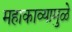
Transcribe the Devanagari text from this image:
महाकाव्यामुळे